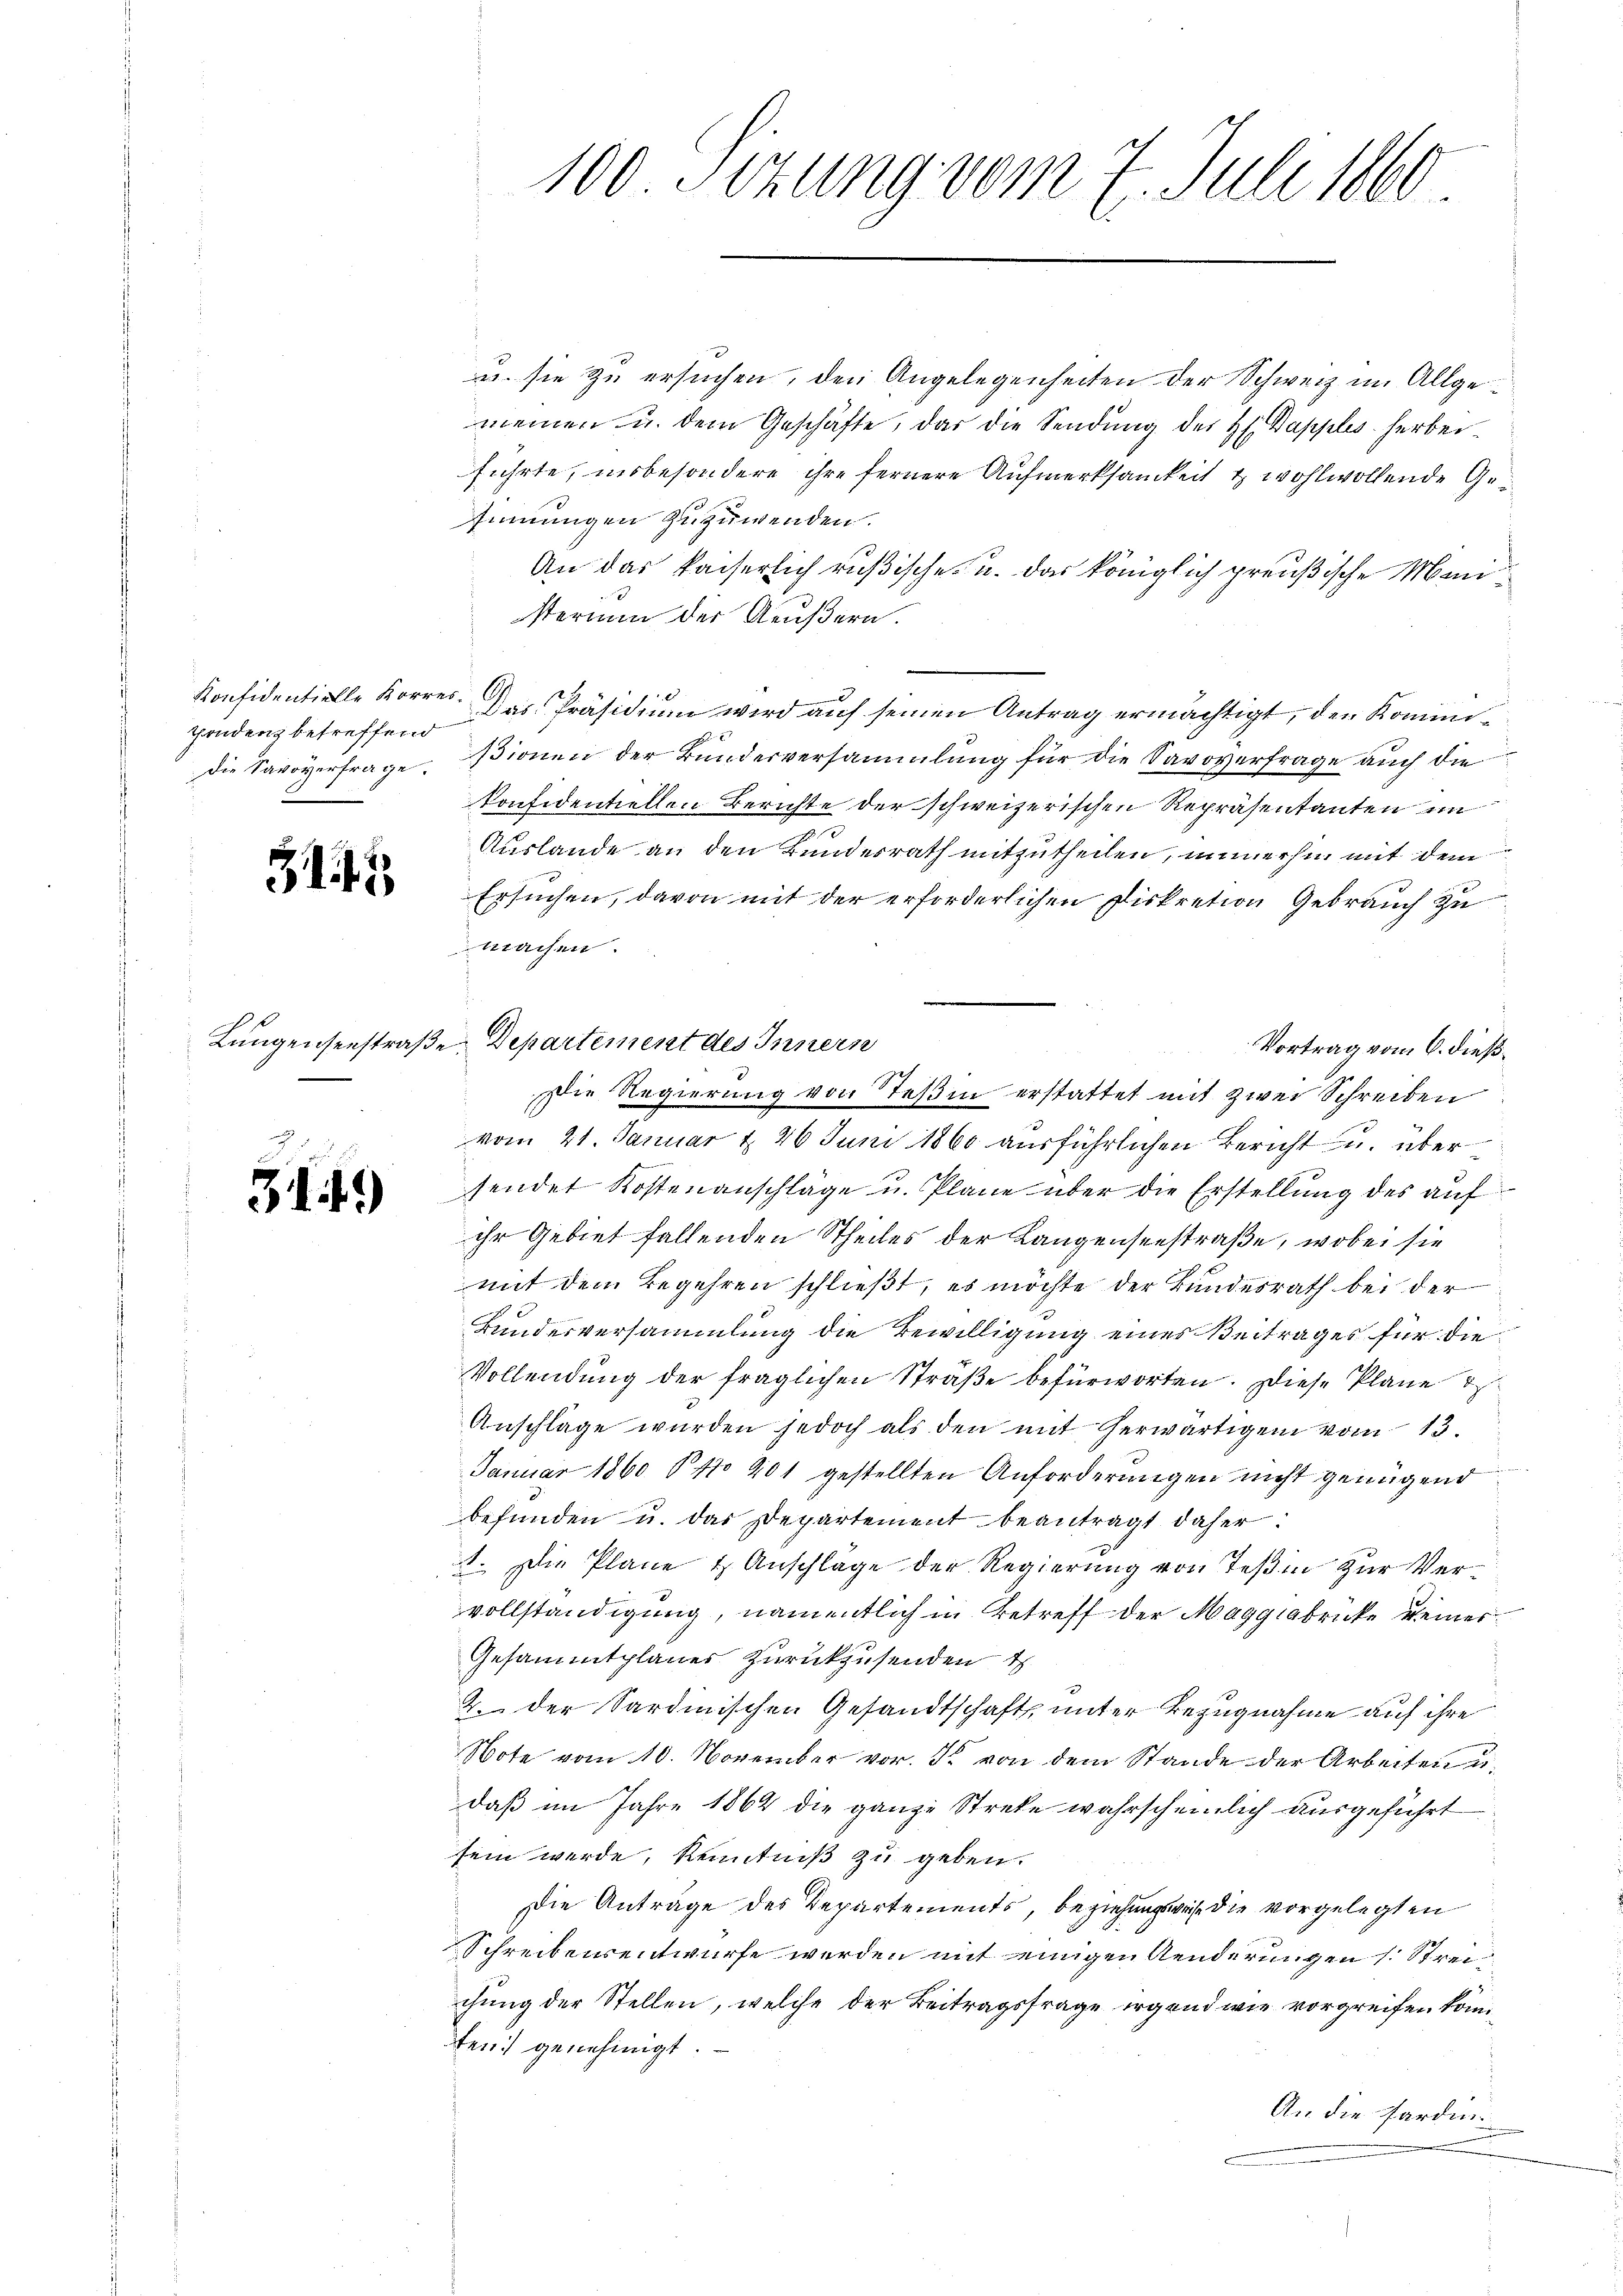
pondenz betreffend

342

f

31.)

u. sie zu ersuchen, den Angelegenheiten der Schweiz im Allgemeinen u. dem Geschäfte, das die Sendung des H. Bapples herbeiführte, insbesondere ihre fernere Aufmerksamkeit & wohlwollende Gesinnungen zuzuwenden.
An das kaiserlich rußische u. das königlich preußische Ministerium der Aeußern.
Konfidentielle Korres. Das Präsidium wird auf seinen Antrag ermächtigt, den Kommidie Savoverfrage. Dionen der Bunderversammlung für die Savoverfrage auch die
konfidentiellen Berichte der schweizerischen Repräsentanten im
Auslande an den Bundesrath mitzutheilen, immerhin mit dem
Ersuchen, davon mit der erforderlichen Diskretion Gebrauch zu
machen.
Zungenseestraße Departement des Innern
Vortrag vom 6. dießvom 21. Januar d. 26 Juni 1860 ausführlichen Bericht u. über
sendet Kostenanschläge u. Plane über die Erstellung des aufihr Gebiet fallenden Theiles der Langenseestraße, wobei sie
mit dem Begehren schließt, es möchte der Bundesrath bei der
Bundesversammlung die Bewilligung einer Beitrages für die
Vollendung der fraglichen Straße befürworten. Diese Plane d
Anschlage wurden jedoch als den mit herwärtigen vom 13.
Januar 1860 § No 201 gestellten Anforderungen nicht genügend
befŭnden u. das Departement beantragt daher:
1. Die Pläne & Anschlage der Regierung von Teßin zur Vervollständigung, namentlich in Betreff der Maggiabrücke keiner
Gesammtplanes zurückzusenden t
2. der Sardinischen Gesandtschaft, unter Bezugnahme auf ihre
Note vom 10. November vor. J. von dem Stande der Arbeiten u.
daß im Jahre 1864 die ganze Streke wahrscheinlich ausgeführt
sein werde, Kenntniß zu geben.
Die Anträge des Repartements, beziehungsweise die vorgelegten
Schreibensentwurfe werden mit einigen Aenderungen (: Streichung der Stellen, welche der Beitragsfrage irgend wie vorgreifen könnten) genehmigt.
An die Fardin

100. Sizung vom 7. Juli 1860.

Die Regierung von Steßin erstattet mit zwei Schreiben